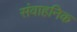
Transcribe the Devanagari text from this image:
संवाहनिक